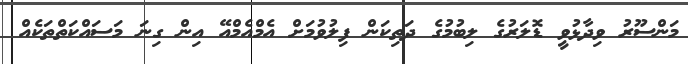
މަންސޫރު ވިދާޅުވީ ޑޮލަރުގެ ލިބުމުގެ ދަތިކަން ފިލުވުމަށް އެމްއެމްއޭ އިން ގިނަ މަސައްކަތްތަކެއް